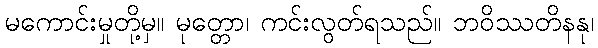
မကောင်းမှုတို့မှ။ မုတ္တော၊ ကင်းလွတ်ရသည်။ ဘဝိဿတိနနု၊